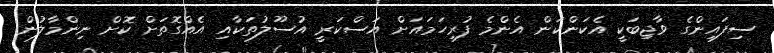
ސިފައިންގެ ވާޖިބަކީ އެކަންކަން އެންމެ ފުރިހަމައަށް އަސްކަރީ އުސޫލުތަކާއި އެއްގޮތަށް ކޮށް ނިންމާލުން